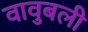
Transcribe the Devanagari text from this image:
वावुबली